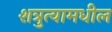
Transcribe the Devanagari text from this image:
शत्रुत्वामधील